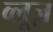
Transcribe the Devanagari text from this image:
व्लूज़